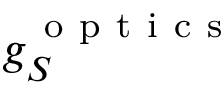
g _ { S } ^ { \mathrm { ~ o ~ p ~ t ~ i ~ c ~ s ~ } }